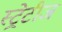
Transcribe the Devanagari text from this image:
स्ट्रेटीज